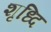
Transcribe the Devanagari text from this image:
शृध्दि